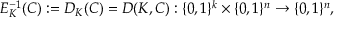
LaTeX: E _ { K } ^ { - 1 } ( C ) : = D _ { K } ( C ) = D ( K , C ) : \{ 0 , 1 \} ^ { k } \times \{ 0 , 1 \} ^ { n } \rightarrow \{ 0 , 1 \} ^ { n } ,